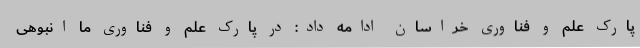
پارک علم و فناوری خراسان ادامه داد: در پارک علم و فناوری ما انبوهی